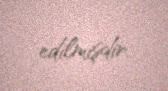
edilmişdir.